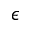
\epsilon